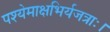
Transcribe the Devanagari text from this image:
पश्येमाक्षभिर्यजत्राः।